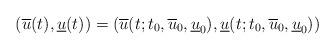
LaTeX: \begin{align*}(\overline{u}(t),\underline{u}(t))=(\overline{u}(t;t_0,\overline{u}_0,\underline{u}_0), \underline{u}(t;t_0,\overline{u}_0,\underline{u}_0))\end{align*}